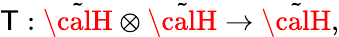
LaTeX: \mathsf{T}:\tilde{{\calH}}\otimes\tilde{{\calH}}\rightarrow\tilde{{\calH}},